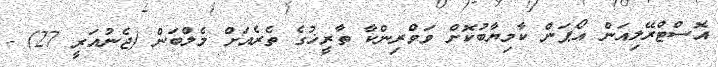
އޮސްޓްރޭލިއަން އޯޕަން ކާމިޔާބުކޮށް ވަވްރިންކާ ތާރީޚުގެ ތެރެއަށް މެލްބަން (ޖެނުއަރީ 27) -